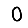
Digit: 0